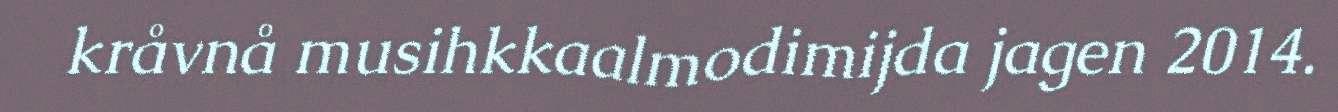
kråvnå musihkkaalmodimijda jagen 2014.